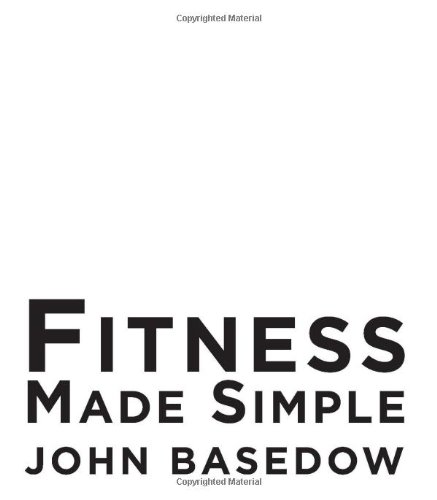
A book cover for Fitness Made Simple: The Power to Change Your Body, The Power to Change Your Life; John Basedow; Health, Fitness & Dieting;